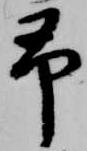
予